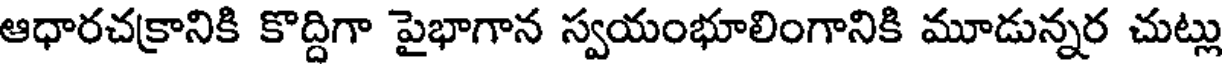
ఆధారచక్రానికి కొద్దిగా పైభాగాన స్వయంభూలింగానికి మూడున్నర చుట్లు